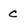
Character: c